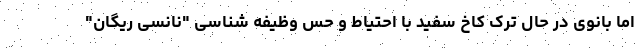
اما بانوی در حال ترک کاخ سفید با احتیاط و حس وظیفه شناسی "نانسی ریگان"